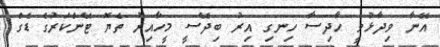
އޭނާ ވިދާޅުވީ ހާދިސާ ހިނގި އިރު ބިދޭސީ މީހާއިރު ތެޔޮ ޓޭންކަރުގެ ޑެގް